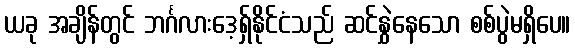
ယခု အချိန်တွင် ဘင်္ဂလားဒေ့ရှ်နိုင်ငံသည် ဆင်နွှဲနေသော စစ်ပွဲမရှိပေ။